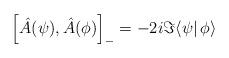
LaTeX: \begin{align*}\left[\hat A(\psi),\hat A(\phi)\right]_-=-2i\Im\langle\psi|\,\phi\rangle\end{align*}